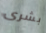
بشرى